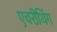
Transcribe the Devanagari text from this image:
एवरीथिंग